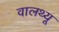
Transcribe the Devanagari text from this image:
वालथ्यू